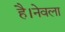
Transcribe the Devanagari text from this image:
है।नेवला